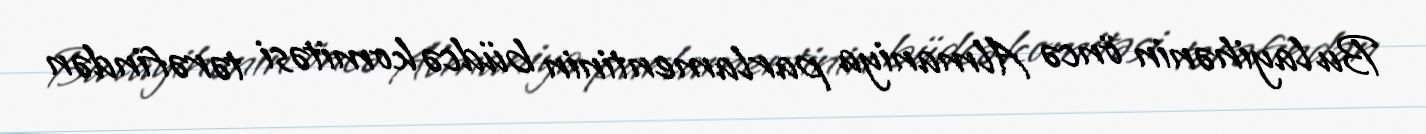
Bu layihənin öncə Almaniya parlamentinin büdcə komitəsi tərəfindən